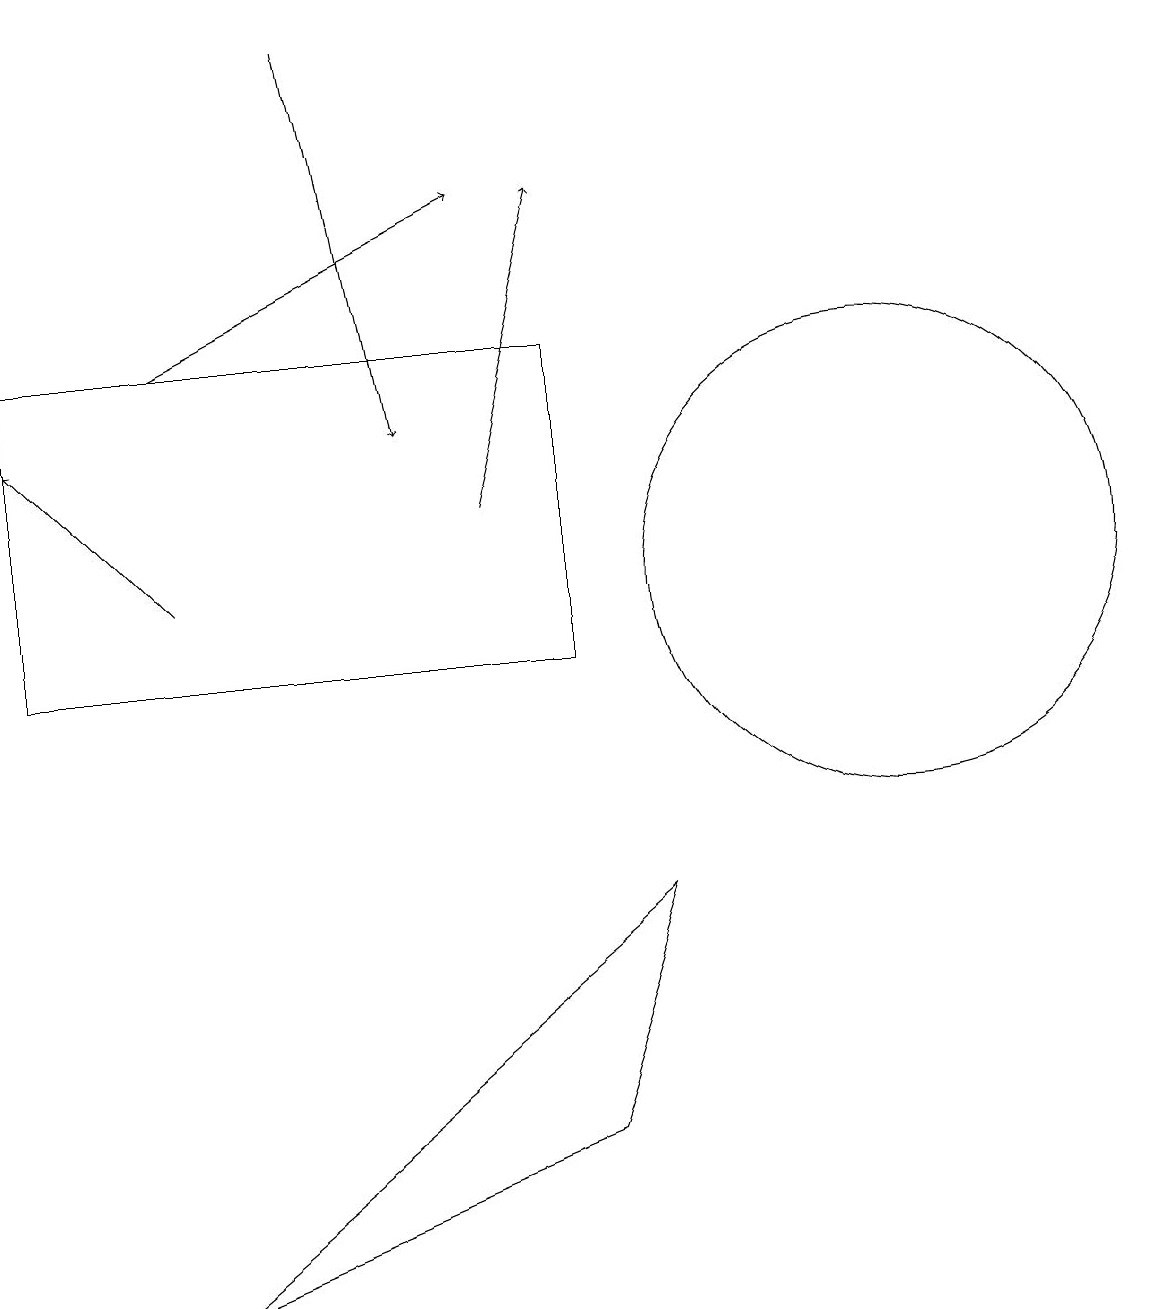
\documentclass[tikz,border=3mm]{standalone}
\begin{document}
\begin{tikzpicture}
\draw (12,11) circle (3);
\draw (1,10) rectangle (8,14);
\draw[->] (3,11) -- (1,13);
\draw (8,4) -- (9,7) -- (3,2) -- cycle;
\draw[->] (3,14) -- (7,16);
\draw[->] (5,18) -- (6,13);
\draw[->] (7,12) -- (8,16);
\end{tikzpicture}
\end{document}